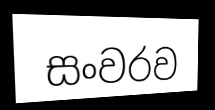
සංවරව